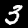
Digit: 3